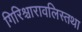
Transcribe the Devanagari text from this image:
गिरिश्चारावलिस्तथा